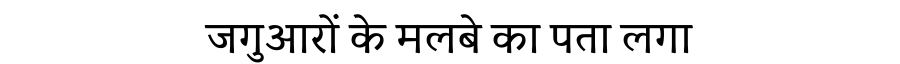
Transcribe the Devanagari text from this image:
जगुआरों के मलबे का पता लगा